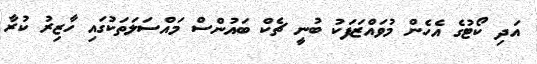
އަދި ކޯޓުގެ އެހެން މުވައްޒަފަކު ބުނީ ޗެކް ބައުންސް މައްސަލަތަކުގައި ހާޒިރު ކުރާ